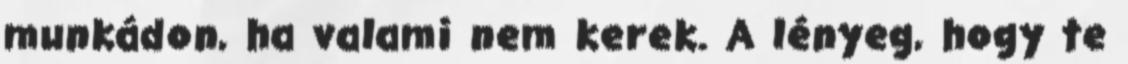
munkádon, ha valami nem kerek. A lényeg, hogy te